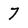
Character: 7